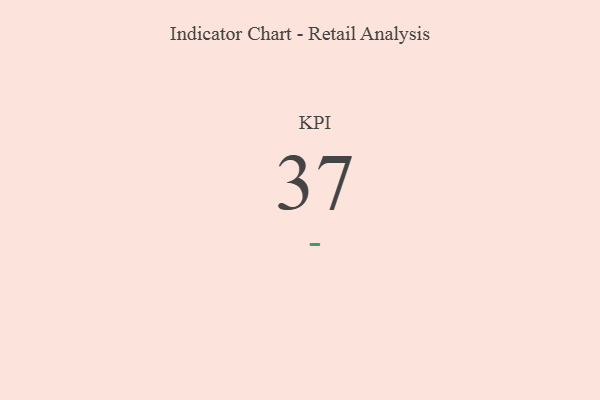
{"axis": {"x": "KPI", "y": "Value"}, "legend": [""], "data": [{"x": "KPI", "y": 37, "type": ""}]}